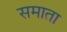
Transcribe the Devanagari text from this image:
समाता